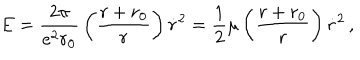
E = { \frac { 2 \pi } { e ^ { 2 } r _ { 0 } } } \left( { \frac { r + r _ { 0 } } { r } } \right) \dot { r } ^ { 2 } = { \frac { 1 } { 2 } } \mu \left( { \frac { r + r _ { 0 } } { r } } \right) \dot { r } ^ { 2 } \, ,